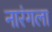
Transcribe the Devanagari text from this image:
नारंगला